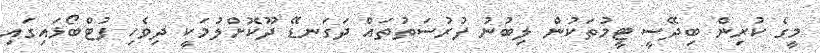
މީގެ ކުރިން ބިދޭސީ ޓީމުތަކުން ލިބުނު ފުރުސަތުތައް ދަގަނޑޭ ދޫކޮށްލުމަކީ ދިވެހި ފުޓްބޯޅައިގައި